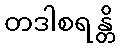
တဒါစရန္တိ